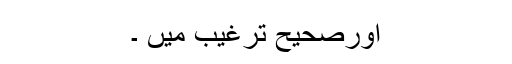
اورصحیح ترغیب میں ۔